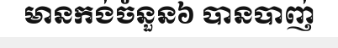
មានកង់ចំនួន៦ បានបាញ់